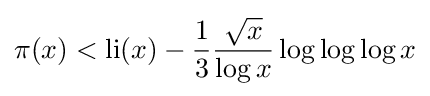
\pi (x)<\operatorname {li} (x)-{\frac {1}{3}}{\frac {\sqrt {x}}{\log x}}\log \log \log x